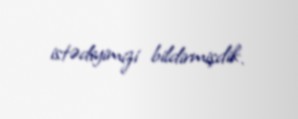
istədiyimizi bildirmişdik.